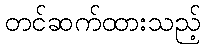
တင်ဆက်ထားသည့်